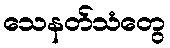
သေနတ်သံတွေ